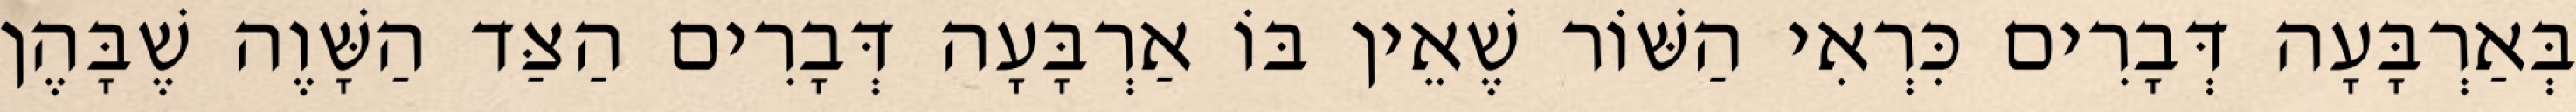
בְּאַרְבָּעָה דְּבָרִים כִּרְאִי הַשּׁוֹר שֶׁאֵין בּוֹ אַרְבָּעָה דְּבָרִים הַצַּד הַשָּׁוֶה שֶׁבָּהֶן